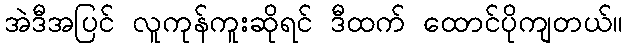
အဲဒီအပြင် လူကုန်ကူးဆိုရင် ဒီထက် ထောင်ပိုကျတယ်။